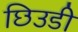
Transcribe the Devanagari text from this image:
छिउडी